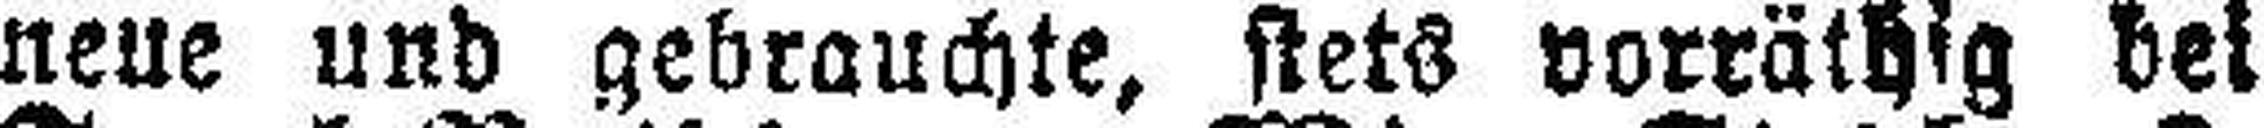
neue und gebrauchte, stets vorräthig bei